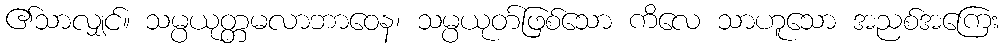
၏သာလျှင်။ သမ္ပယုတ္တမလာဘာဝေန၊ သမ္ပယုတ်ဖြစ်သော ကိလေ သာဟူသော အညစ်အကြေး